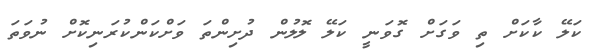
ކަލޭ ކާކަށް ތި ވަގަށް ގޮވަނީ ކަލޭ ލޮލުން ދުށިންތަ ވަށްކަންކުރަނިކޮށް ނުވަތަ